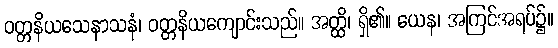
ဝတ္တနိယသေနာသနံ၊ ဝတ္တနိယကျောင်းသည်။ အတ္ထိ၊ ရှိ၏။ ယေန၊ အကြင်အရပ်၌။